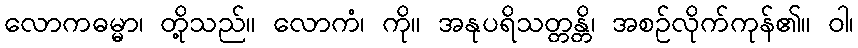
လောကဓမ္မာ၊ တို့သည်။ လောကံ၊ ကို။ အနုပရိသတ္တန္တိ၊ အစဉ်လိုက်ကုန်၏။ ဝါ၊